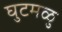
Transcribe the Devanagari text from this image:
घुटमळु